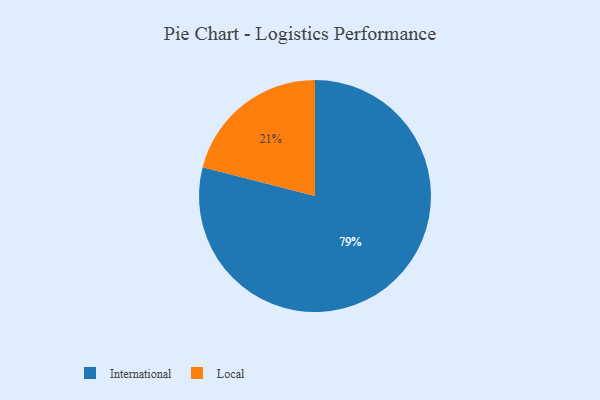
{"axis": {"x": "Category", "y": "Percentage"}, "legend": ["International", "Local"], "data": [{"x": "International", "y": 79, "type": "International"}, {"x": "Local", "y": 21, "type": "Local"}]}